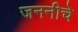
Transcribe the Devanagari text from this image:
जननीचे